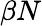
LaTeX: \beta N